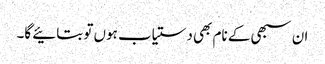
ان سبھی کے نام بھی دستیاب ہوں تو بتائیے گا۔